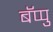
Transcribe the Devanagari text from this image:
बॅप्पु